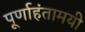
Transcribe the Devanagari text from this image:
पूर्णाहंतामयी